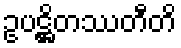
ဥပဋ္ဌိတဿတီတိ